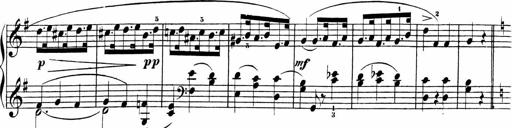
Title: Sonatinen Op.47, 98 und 136, nebst 6 Liedersonatinen
Composer: Carl Reinecke